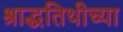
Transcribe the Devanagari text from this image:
श्राद्धतिथीच्या